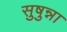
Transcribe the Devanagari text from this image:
सुषुन्ना